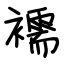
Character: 襦